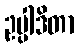
ဥပ္ပါဒိတာ